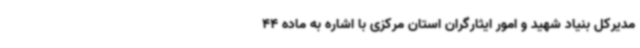
مدیرکل بنیاد شهید و امور ایثارگران استان مرکزی با اشاره به ماده 44